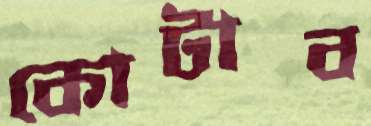
কোটাব